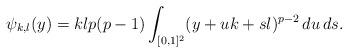
LaTeX: \begin{align*}\psi_{k,l}(y)= klp(p-1) \int_{[0,1]^2} (y+uk+sl)^{p-2}\,du\,ds.\end{align*}